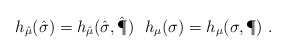
\begin{align*}h_{\hat{\mu}}(\hat{\sigma}) = h_{\hat{\mu}}(\hat{\sigma},\hat{\P}) \ \ h_\mu(\sigma) = h_\mu(\sigma,\P) \ .\end{align*}